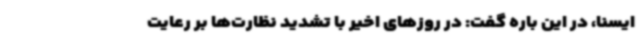
ایسنا، در این باره گفت: در روزهای اخیر با تشدید نظارت‌ها بر رعایت